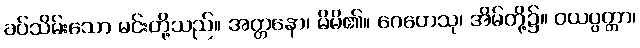
ခပ်သိမ်းသော မင်းတို့သည်။ အတ္တနော၊ မိမိ၏။ ဂေဟေသု၊ အိမ်တို့၌။ ဝယပ္ပတ္တာ၊